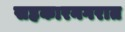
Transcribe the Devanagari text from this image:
सहकारनगरात